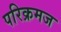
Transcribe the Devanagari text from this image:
परिक्रमज